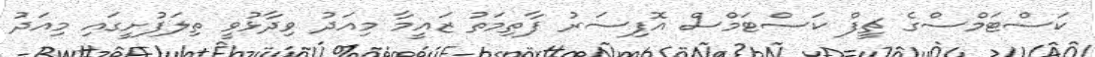
ކަސްޓަމްސްގެ ޗީފް ކަސްޓަމްސް އޮފިސަރު ފާތިމަތު ޒައީމާ މިއަދު ވިދާޅުވީ ތިލަފުށީގައި މިއަދު